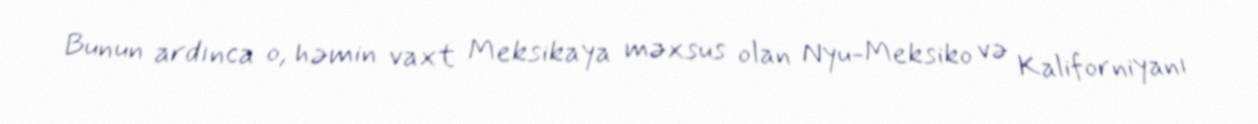
Bunun ardınca o, həmin vaxt Meksikaya məxsus olan Nyu-Meksiko və Kaliforniyanı